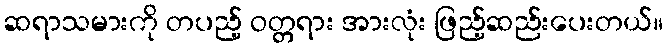
ဆရာသမားကို တပည့် ဝတ္တရား အားလုံး ဖြည့်ဆည်းပေးတယ်။